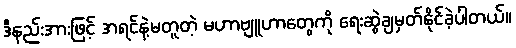
ဒီနည်းအားဖြင့် အရင်နဲ့မတူတဲ့ မဟာဗျူဟာတွေကို ရေးဆွဲချမှတ်နိုင်ခဲ့ပါတယ်။